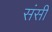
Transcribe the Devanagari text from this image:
संसी